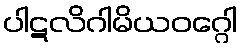
ပါဋလိဂါမိယဝဂ္ဂေါ